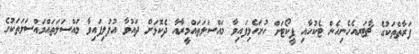
ފަރާތްތަކުގެ ޗާޓަރއެހެނިހެން ޓެކުހާއި ފީކޯޓަށް ހުށަހެޅިފައިވާ މައްސަލަތައްމީރާއާ ދެކޮޅަށް ދައުވާ އުފުލިފައިވާ މައްސަލަތައްމައްސަލަތަކުގެ